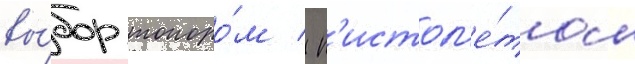
вы́бор топоро́м / п'истол'е́том